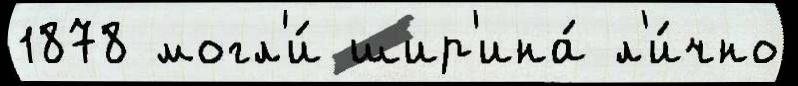
1878 могл'и́ шир'ина́ л'и́чно